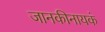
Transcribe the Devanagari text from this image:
जानकीनायकं